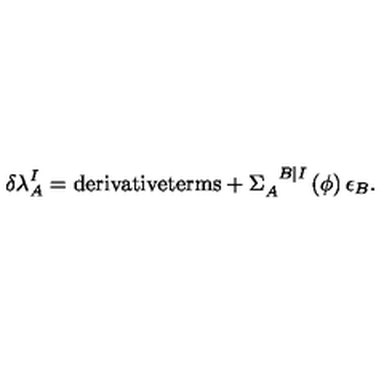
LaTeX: \delta \lambda _ { A } ^ { I } = \mathrm { d e r i v a t i v e t e r m s } + \Sigma _ { A } ^ { \phantom { A } B \vert I } \left( \phi \right) \epsilon _ { B } .